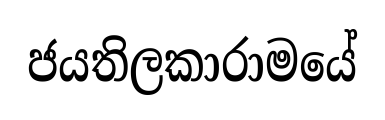
ජයතිලකාරාමයේ